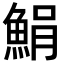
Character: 𩷫